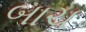
બાચ